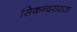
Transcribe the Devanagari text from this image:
सिकन्दराराऊ